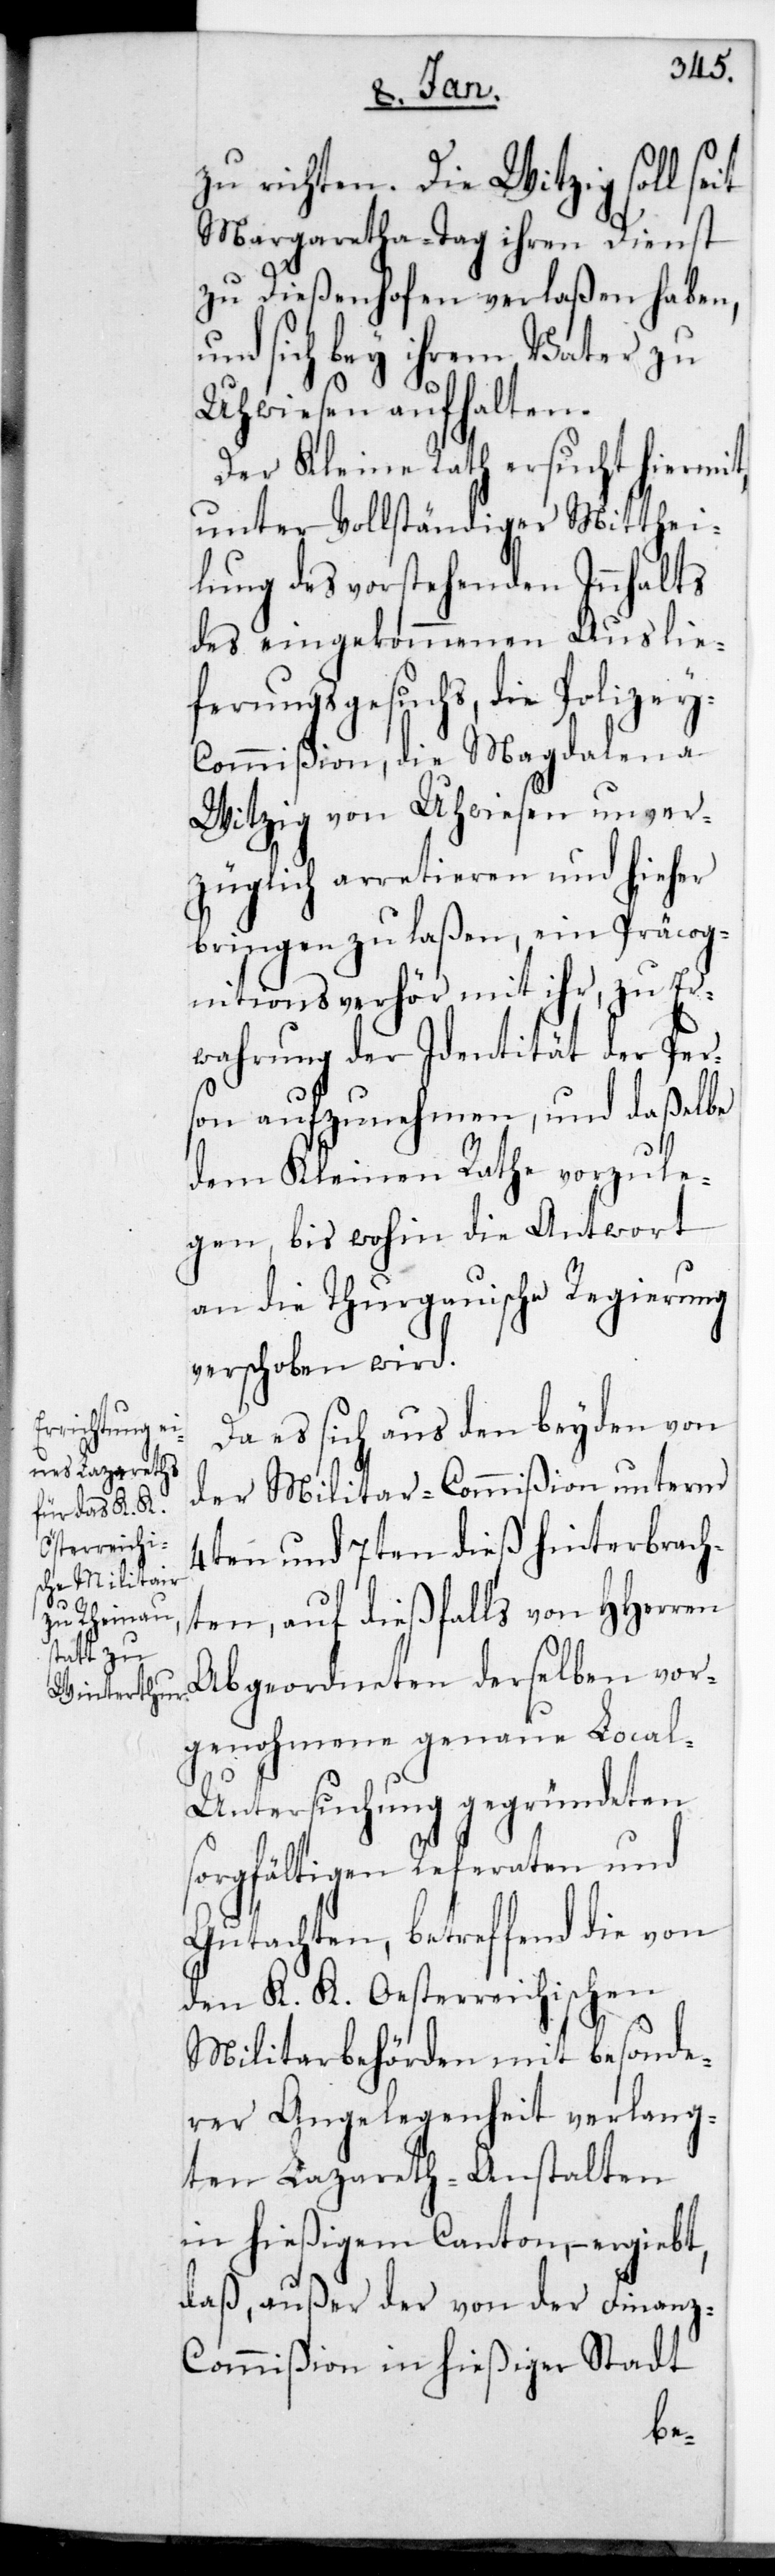
zu richten. Die Witzig soll seit
Margaretha-Tag ihren Dienst
zu Dießenhofen verlaßen haben,
und sich bey ihrem Vater zu
Uhwiesen aufhalten.
Der Kleine Rath ersucht hiermit
unter vollständiger Mitthei¬
lung des vorstehenden Innhalts
des eingekommenen Auslie¬
ferungs-Gesuchs, die Polizey¬
commißion, die Magdalena
Witzig von Uhwiesen unver¬
züglich arretieren und hieher
bringen zu laßen, ein Präcog¬
nitionsverhör mit ihr, zu Er¬
wahrung der Identität der Per¬
son aufzunehmen, und daßelbe
dem Kleinen Rathe vorzule¬
gen, bis wohin die Antwort
an die thurgauische Regierung
verschoben wird.
Da es sich aus den beyden von
der Militar-Commißion unterm
4ten und 7ten dieß hinterbrach¬
ten, auf dießfalls von HHerren
Abgeordneten derselben vor¬
genohmene genaue Loca¬
l-Untersuchung gegründeten
sorgfältigen Referaten und
Gutachten, betreffend die von
den K. K. Oesterreichischen
Militarbehörden mit besonde¬
rer Angelegenheit verlang¬
ten Lazareth-Anstalten
in hießigem Canton, ergiebt,
daß außer der von der Finan¬
z-Commißion in hießiger Stadt